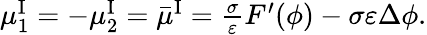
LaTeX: \begin{array}{r}{\mu_{1}^{\mathrm{I}}=-\mu_{2}^{\mathrm{I}}=\bar{\mu}^{\mathrm{I}}=\frac{\sigma}{\varepsilon}F^{\prime}(\phi)-\sigma\varepsilon\Delta\phi.}\end{array}